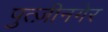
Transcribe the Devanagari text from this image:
पुत्ज़ीनगेर